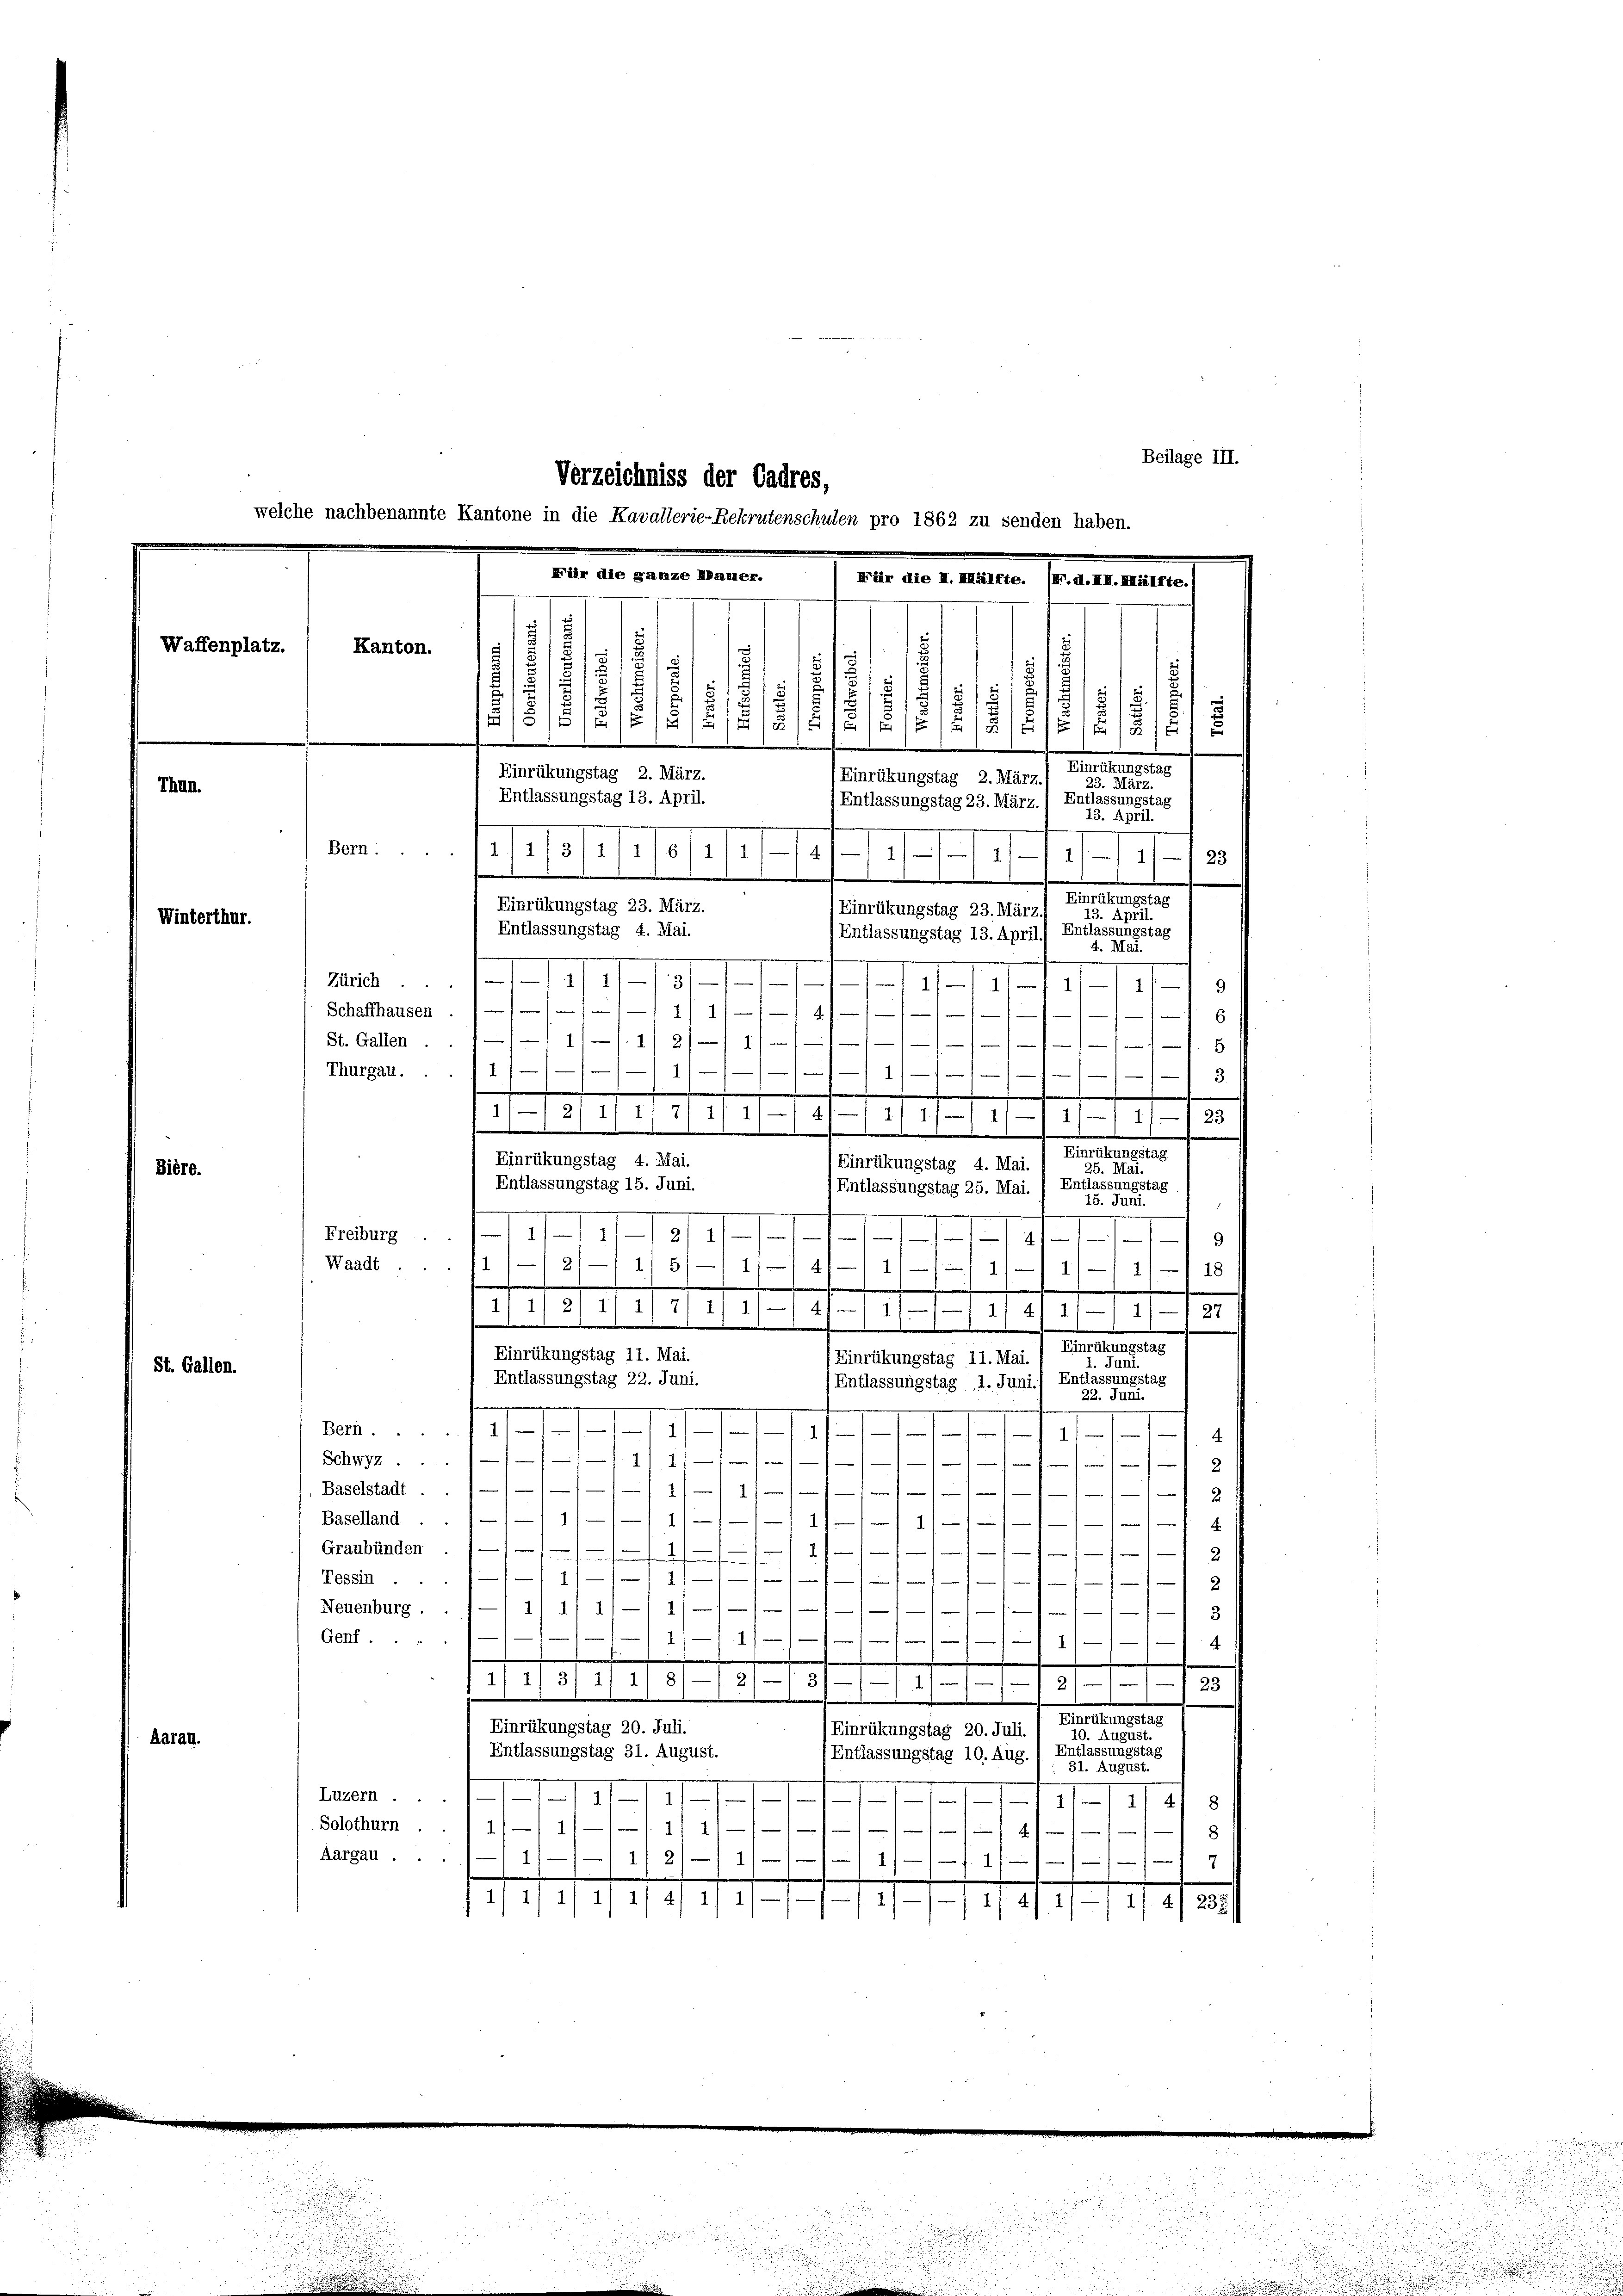
welche nachbenannte Kantone in die Kavallerie-Rekrutenschulen pro 1862 zu senden haben.
Für die ganze Mauer.
Für die I. Mälfte. (N.d.III. Mälfte.
Waffenplatz.
Kanton.
5
5
1

12
.
s
15/5/2
 1/2 1/
5/5/2/1/5/18//5/5 8
Einrükungstag
Einrückungstag 2. März.
(Einrückungstag 2. März
23. März.
Thun.
Entlassungstag 13. April.
Entlassungstag
(Entlassungstag 23. März.
13. April.
Bern...
issseront

 12
Einrükungstag
Einrükungstag 23. März.
Einrükungstag 23. März.
13. April.
Winterthur.
Entlassungstag
Entlassungstag 4. Mai.
Entlassungstag 13. April
4. Mai.

Bière.

211
Zürich.
3
s
1
1
9
1
Schaffhausen
1111/14///
6
11/1. 112 1/
St. Gallen.
—
5
Thurgau. . . 1 1/
11/11/

8
.
.
.
1/2/1/ 1) 2/1/ 1/-/ 2).
1) 1/
11—
4
23
e
.
.
.
Einrükungstag
Einrükungstag 4. Mai.
Einrükungstag 4. Mai.
25. Mai.
Entlassungstag 15. Juni.
Entlassungstag 25. Mai. 1 Entlassungstag.
15. Juni.
i
1
Freiburg .
1
31

.
9
Waadt
2//11 5// 11/4
11/11
18
.

.
2/ 1
7)
1
f
¬
.
1
11
II.
1)
27
1/1
Einrükungstag
Einrükungstag 11. Mai.
Einrükungstag 11. Mai.
1. Juni.
St. Gallen.
Entlassungstag 22. Juni.
Entlassungstag 1. Juni.) Entlassungstag
22. Juni.
I
Bern.
f
1
e
1

4
Schwyz
11
.
)
Baselstadt .
11/
111 2
Baselland . . 1// 1/// 1/

4
Graubünden
 2
12
.
f
Tessin ..
1
.
114/11/1////
Neuenburg.
1
Genf ...
1)

.
dud u. 218.
Einrükungstag
Einrückungstag 20. Juli.
Einrückungstag 20. Juli.
10. August.
Aarau.
Entlassungstag 31. August.
(Entlassungstag 10. Aug. « Entlassungstag
31. August.
Luzern .
1
1
118/
/
Solothurn
11/11

4
Aargau ... 11
..............
e
1/11/1/1/4/1/1/////////// 1/4. 238

Verzeichniss der Cadres,

Beilage III.